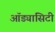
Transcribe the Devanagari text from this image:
ऑड्यासिटी